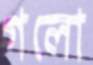
গলো